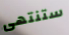
ستنتهى